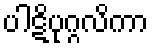
ပါဋိပုဂ္ဂလိကာ